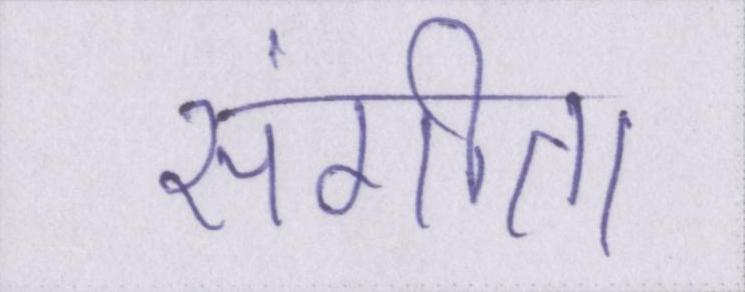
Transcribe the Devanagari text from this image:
संगीता